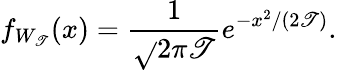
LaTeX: f_{W_{\mathscr{T}}}(x)={\frac{{1}}{{\sqrt{}{{2\pi\mathscr{T}}}}}}e^{-x^{2}/(2\mathscr{T})}.